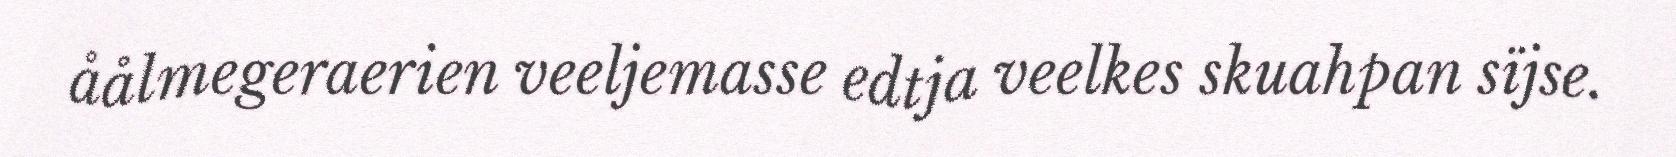
åålmegeraerien veeljemasse edtja veelkes skuahpan sïjse.